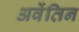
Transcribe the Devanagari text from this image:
अवेंतिन